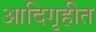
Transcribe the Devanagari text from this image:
आदिगृहीत